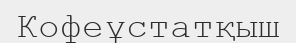
Кофеұстатқыш